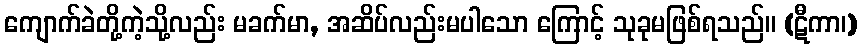
ကျောက်ခဲတို့ကဲ့သို့လည်း မခက်မာ, အဆိပ်လည်းမပါသော ကြောင့် သုခုမဖြစ်ရသည်။ (ဋီကာ၊)